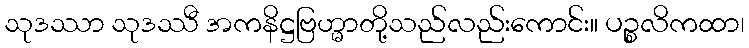
သုဒဿာ သုဒဿီ အကနိဋ္ဌဗြဟ္မာတို့သည်လည်းကောင်း။ ပဉ္စလိကထာ၊